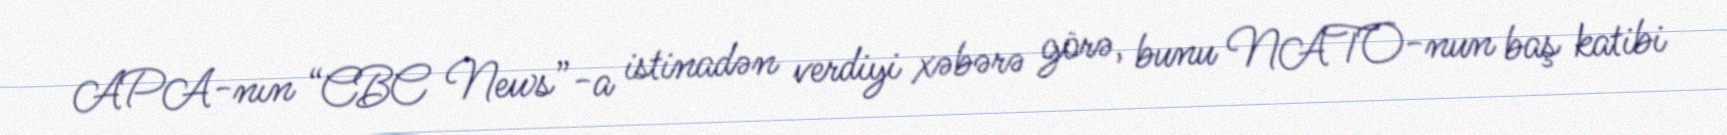
APA-nın “CBC News”-a istinadən verdiyi xəbərə görə, bunu NATO-nun baş katibi